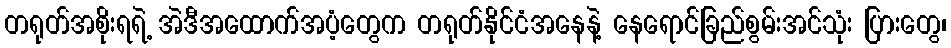
တရုတ်အစိုးရရဲ့ အဲဒီအထောက်အပံ့တွေက တရုတ်နိုင်ငံအနေနဲ့ နေရောင်ခြည်စွမ်းအင်သုံး ပြားတွေ၊